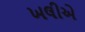
ખલીએ